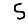
Digit: 5